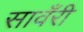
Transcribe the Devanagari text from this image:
सावँरी